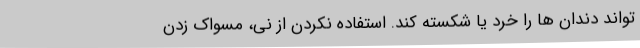
تواند دندان ها را خرد یا شکسته کند. استفاده نکردن از نی، مسواک زدن